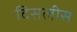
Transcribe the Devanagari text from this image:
दिसलीस